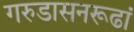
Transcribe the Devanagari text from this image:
गरुडासनरूढां